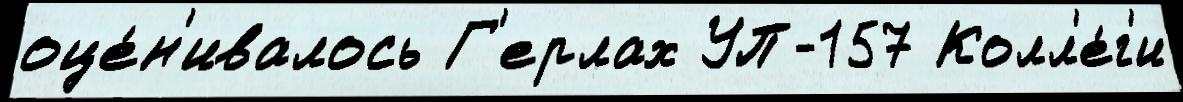
оце́н'ивалось Г'ерлах УП-157 Колл'е́г'и